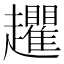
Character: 𧾱